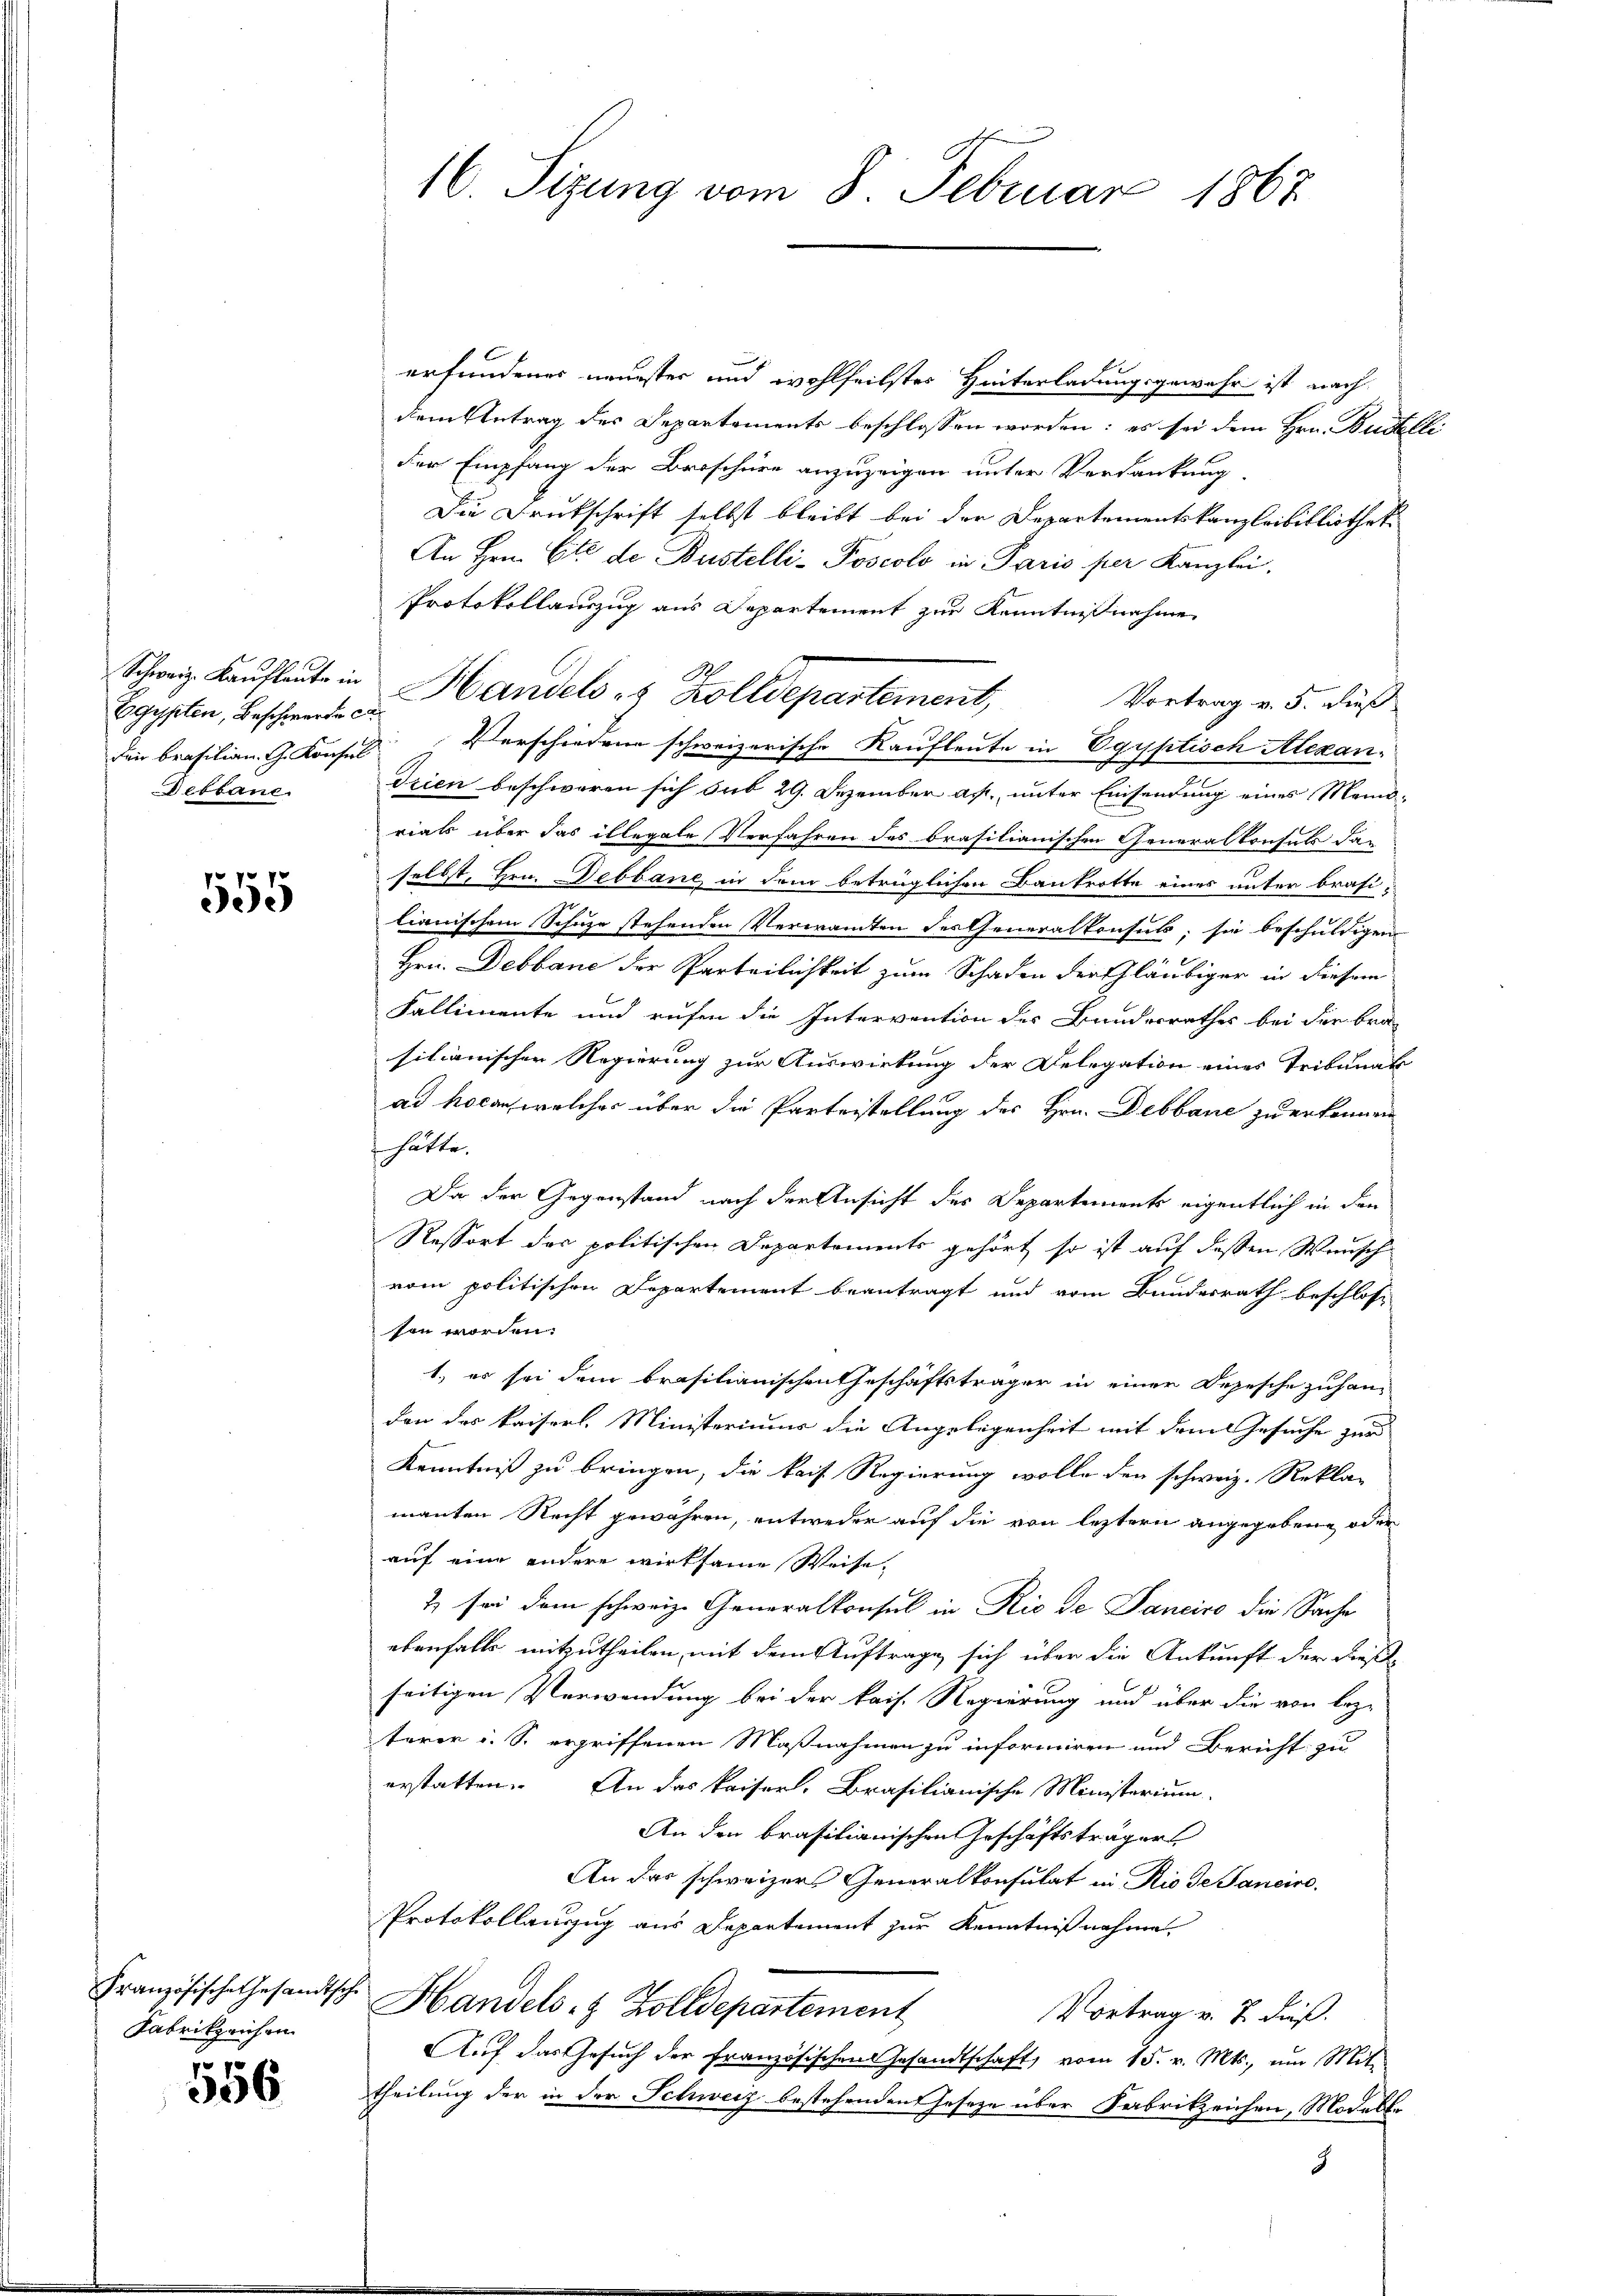
Egypten, Beschwerte ca
Debbaue.

22 x
5

Fabrikprichen

556

16. Sizung vom 8. Februar 1867

erfundenes neuester und wohlfeilster Hinterladungsgewahr ist nach
dem Antrag des Departements beschlossen worden: es sei dem Hrn. Budtlli
der Empfang der Broschüre anzuzeigen unter Verdankung,
Die Drukschrift selbst bleibt bei der Departementskanzleibibliothek
An Hrn. Cie de Bustelli-Poscolo in Paris per Kanzlei.
Protokollauszug aus Departement zur Kenntnißnahme
Vortrag v. 5. Fuß
dei brasilian. G. Konsul Verschiedene schweizerische Kaufleute in Egyptisch Alexan¬
Trien beschworen sich sub 29. Dezember a. unter Einsendung eines Mond-
rials über das illegale Verfahren des brasilianischen Generalkonsuls da-
selbst, Hrn. ebbane in dem betrüglichen Bankrotte eines unter brasilianischem Schuze stehenden Verwandten des Generalkonsus; sie beschuldigen
Hrn. Debbane der Parteilichkeit zum Schaden der Gläubiger in diesem
Fallimente und rufen die Intervention des Bundesrathes bei der Bra
sitionischen Regierung zur Auswirkung der Delegation eines Tribunal
ad hocan, welcher über die Parterstellung des Hrn. Debbane zu erkennen
hätte.
Da der Gegenstand nach der Ansicht des Departements eigentlich in den
Ressort der politischen Departements gehört, so ist auf dessen Wunsch
vom politischen Departement beantragt und vom Bundesrath beschlose
sen worden.
1., es sei dem brasilianischen Geschäftsträger in einer Depesche zuhandon des kaiserl. Ministeriums die Angelegenheit mit dem Gesuche zur
Kenntniß zu bringen, die kaif Regierung wolle den schweiz. Rekla-
manten Recht gewähren, entweder auf die von leztern angegebene oder
auf eine andere wirksame Weise,
t) sei dem schweiz. Generalkonsul in Rio de Janeiro die Sache
ebenfalls mitzutheilen, mit dem Auftrage sich über die Ankunft der dießseitigen Verwendung bei der kais. Regierung und über die von lezterer u. S. ergriffenen Maßnahmen zu informiren und Bericht zu
erstatten. An das kaiser. Brasilianische Ministerium
An den brasilianischen Geschäftsträgers
An das schweizers Generalkonsulat in Rio de Saneiro
Protokollauszug aus Departement zur Kenntnißnahme.
Französische Gesandtsch. Handels- & Zolldepartement
Vortrag v. 7. dieß.
Auf das Gesuch der Französischen Gesandtschaft, vom 15. v. Mts., um Mit-
theilung der in der Schweiz bestehenden Geseze über Fabrikzeichen, Modelle
8

Schweiz. Kaŭfleute in Handels 8 Zolldepartement,